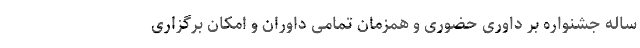
ساله جشنواره بر داوری حضوری و همزمان تمامی داوران و امکان برگزاری